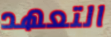
التعهد